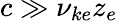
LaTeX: c\gg\nu_{ke}z_{e}